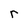
Character: r